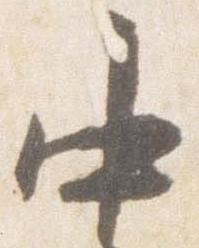
中